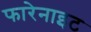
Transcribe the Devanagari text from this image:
फारेनाइट